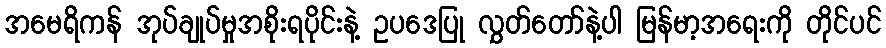
အမေရိကန် အုပ်ချုပ်မှုအစိုးရပိုင်းနဲ့ ဥပဒေပြု လွှတ်တော်နဲ့ပါ မြန်မာ့အရေးကို တိုင်ပင်